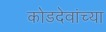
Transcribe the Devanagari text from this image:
कोडदेवांच्या